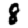
Digit: 8